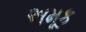
અમૂક